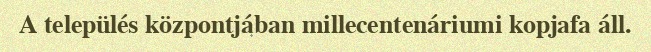
A település központjában millecentenáriumi kopjafa áll.